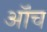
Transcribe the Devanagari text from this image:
ऑंच